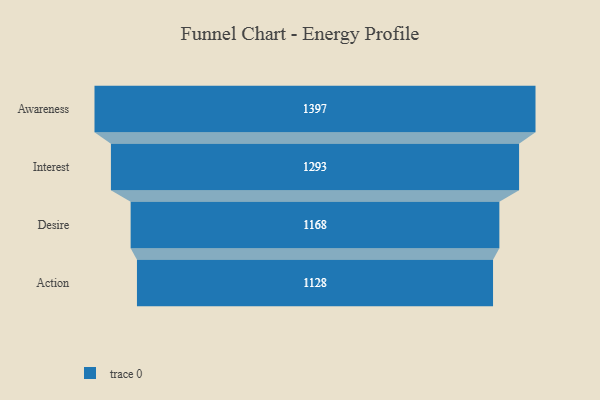
{"axis": {"x": "Stage", "y": "Value"}, "legend": [""], "data": [{"x": "Awareness", "y": 1397.0, "type": ""}, {"x": "Interest", "y": 1293.0, "type": ""}, {"x": "Desire", "y": 1168.0, "type": ""}, {"x": "Action", "y": 1128.0, "type": ""}]}